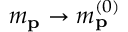
m _ { \mathbf { p } } \rightarrow m _ { \mathbf { p } } ^ { ( 0 ) }